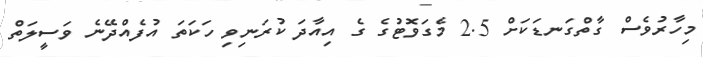
މިހާރުވެސް ގާތްގަނޑަކަށް 2.5 މެގަވޮޓުގެ ގެ އިއާދަ ކުރަނިވި ހަކަތަ އުފެއްދޭނެ ވަސީލަތް